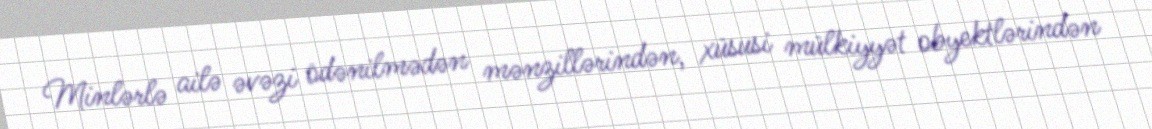
Minlərlə ailə əvəzi ödənilmədən mənzillərindən, xüsusi mülkiyyət obyektlərindən